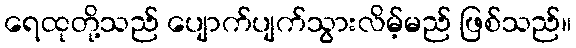
ရေထုတို့သည် ပျောက်ပျက်သွားလိမ့်မည် ဖြစ်သည်။